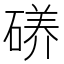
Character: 𱴠